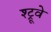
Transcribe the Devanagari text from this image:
श्ट्रूवे